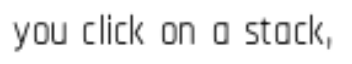
you click on a stack,